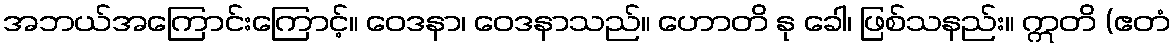
အဘယ်အကြောင်းကြောင့်။ ဝေဒနာ၊ ဝေဒနာသည်။ ဟောတိ နု ခေါ၊ ဖြစ်သနည်း။ ဣတိ (ဧတံ